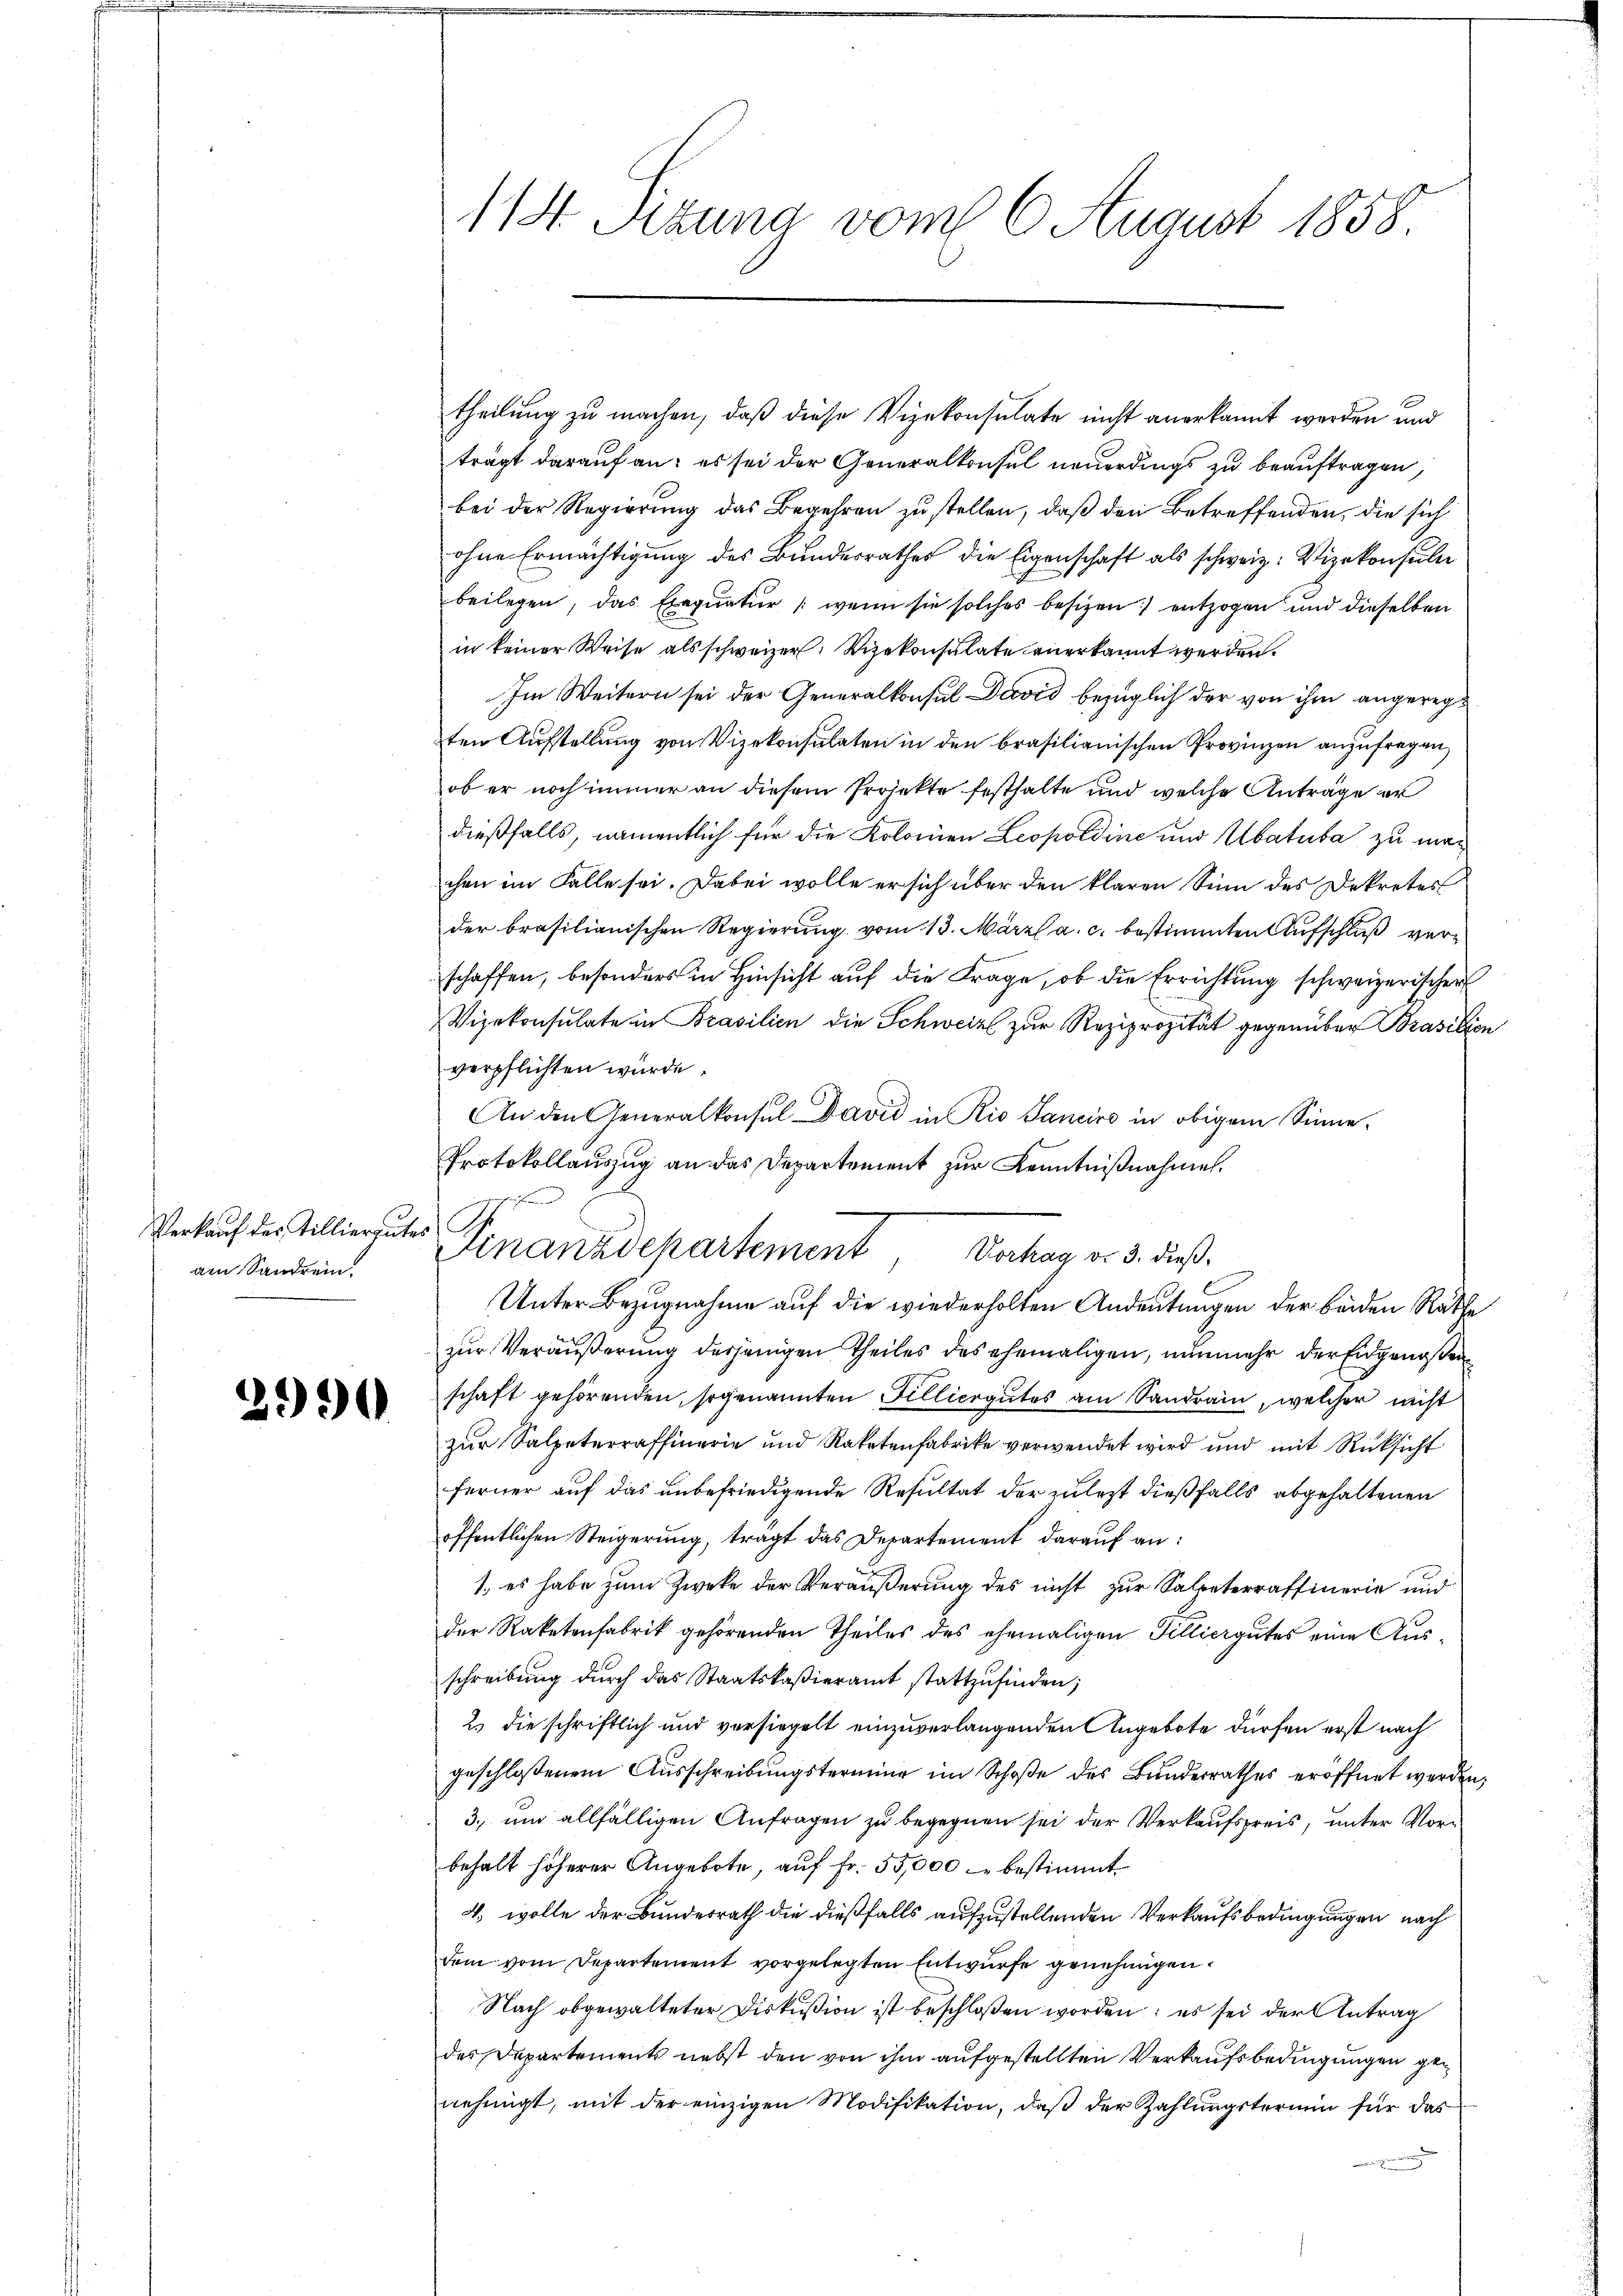
Verkauf des Tilliergutes Pf
am Sandrein.

2990

theilung zu machen, daß diese Vizekonsulate nicht anerkannt werden und
trägt darauf an: es sei der Generalkonsul neuerdings zu beauftragen,
bei der Regierung das Begehren zu stellen, daß den Betreffenden, die sich
ohne Ermächtigung des Bundesrathes die Eigenschaft als schweiz. Vizekonsuln
beilegen, das Exequatur (wenn sie solches besizen entzogen und dieselben
in keiner Weise als schweizer. Vizekonsulate anerkannt werden.
Im Weitern sei der Generalkonsul David bezüglich der von ihm angeregten Aufstellung von Vizekonsulaten in den brasilianischen Provinzen anzufragen,
ob er noch immer an diesem Projekte festhalte und welche Anträge er
dießfalls, namentlich für die Kolonien Leopoldine und Ubatuba zu machen im Falle sei. Dabei wolle er sich über den klaren Sinn des Dekretes
der brasilianischen Regierung vom 13. März a. c. bestimmten Aufschluß verschaffen, besonders in Hinsicht auf die Frage, ob die Errichtung schweizerischer
Vizekonsulate in Brasilien die Schweiz zur Reziprozität gegenüber Brasilien
verpflichten wurde.
An den Generalkonsul David in Rio Sanciro in obigem Sinne¬
Protokollauszug an das Departement zur Kenntnißnahmen.
t
Unter Bezugnahme auf die wiederholten Andeutungen der beiden Räthe
zur Veräußerung derjenigen Theiles des ehemaligen, nunmehr der Eidgenoßen
schaft gehörenden, sogenannten Filliergutes am Sandrain, welcher nicht
zur Salpeterraffinerie und Raketenfabrike verwendet wird und mit Rücksicht
ferner auf das unbefriedigende Resultat der zulezt dießfalls abgehaltenen
öffentlichen Steigerung, trägt das Departement darauf an:
1., es habe zum Zwecke der Veräußerung des nicht zur Salpeterraffinerie und
der Raketenfabrik gehörenden Theiles des ehemaligen Tilliergutes eine Ausschreibung durch das Staatskaßieramt stattzufinden;
2. die schriftlich und versiegelt einzuverlangenden Angebote dürfen erst nach
geschloßenem Ausschreibungstermine im Schoße des Bunderrathes eröffnet werden,
3., und allfälligen Anfragen zu begegnen sei der Verkaufspreis, unter Vorbehalt höherer Angebote, auf Fr. 55,000 - bestimmt
4. wolle der Bundesrath die dießfalls aufzustellenden Verkaufsbedingungen nach
dem vom Departement vorgelegten Entwurfe genehmigen.
Nach obgewalteter Diskußion ist beschloßen worden; es sei der Antrag
des Departements nebst den von ihm aufgestellten Verkaufsbedingungen genehmigt, mit der einzigen Modifikation, daß der Zahlungstermin für das

118. Stung vom 6. August 1858.

Finanzdepartement, Verhag v. 3. dieß¬